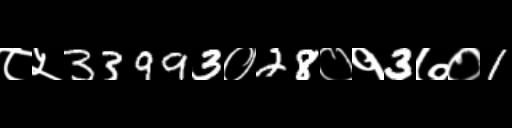
Text: ८५33993०28०१3७०1